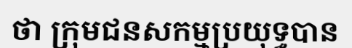
ថា ក្រុមជនសកម្មប្រយុទ្ធបាន